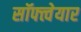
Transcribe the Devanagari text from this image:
सॉफ्त्वेयार